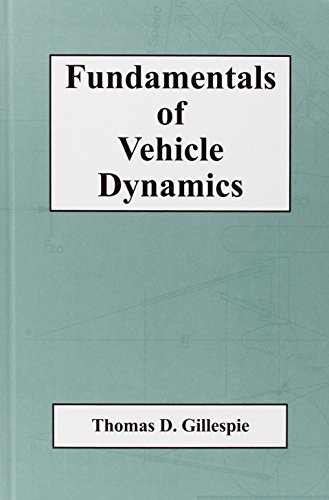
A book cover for Fundamentals of Vehicle Dynamics (R114) (Premiere Series Books); Thomas D. Gillespie; Engineering & Transportation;